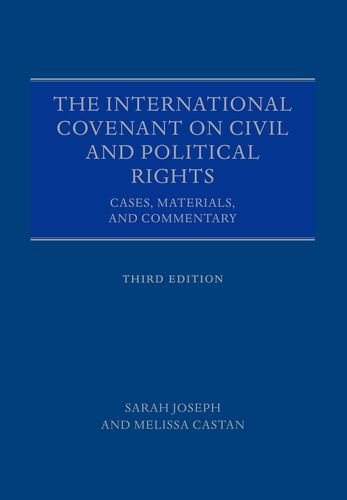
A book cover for The International Covenant on Civil and Political Rights: Cases, Materials, and Commentary; Sarah Joseph; Law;